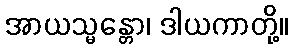
အာယသ္မန္တော၊ ဒါယကာတို့။